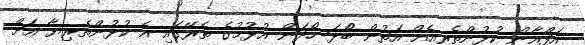
އަފްޣާން ކުޅުންތެރިއެއް އަތުން ބޯޅަ ހޯދަން އުޅުމުގެ ތެރޭގައި އެ ކުޅުންތެރިޔާ އަށް